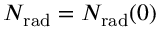
N _ { \mathrm { r a d } } = N _ { \mathrm { r a d } } ( 0 )